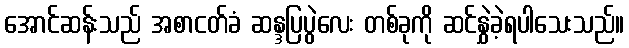
အောင်ဆန်းသည် အစာငတ်ခံ ဆန္ဒပြပွဲလေး တစ်ခုကို ဆင်နွှဲခဲ့ရပါသေးသည်။